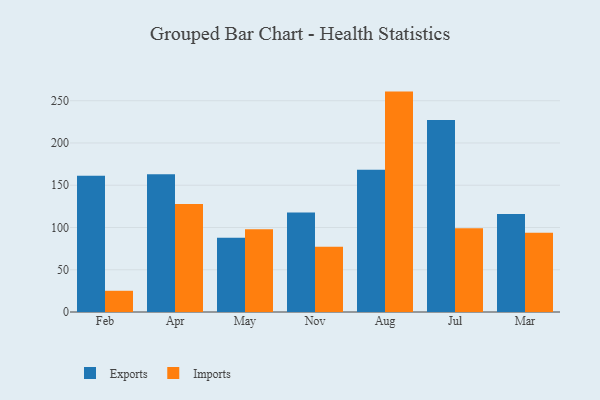
{"axis": {"x": "Month", "y": "Operating Costs (USD K)"}, "legend": ["Exports", "Imports"], "data": [{"x": "Feb", "y": 161.3, "type": "Exports"}, {"x": "Feb", "y": 25.1, "type": "Imports"}, {"x": "Apr", "y": 163.0, "type": "Exports"}, {"x": "Apr", "y": 127.8, "type": "Imports"}, {"x": "May", "y": 87.9, "type": "Exports"}, {"x": "May", "y": 97.8, "type": "Imports"}, {"x": "Nov", "y": 117.7, "type": "Exports"}, {"x": "Nov", "y": 77.1, "type": "Imports"}, {"x": "Aug", "y": 168.3, "type": "Exports"}, {"x": "Aug", "y": 260.8, "type": "Imports"}, {"x": "Jul", "y": 227.2, "type": "Exports"}, {"x": "Jul", "y": 99.1, "type": "Imports"}, {"x": "Mar", "y": 116.1, "type": "Exports"}, {"x": "Mar", "y": 93.9, "type": "Imports"}]}